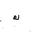
Letter: _kaf